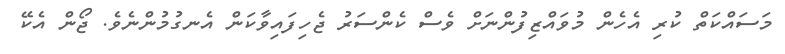
މަސައްކަތް ކުރި އެހެން މުވައްޒިފުންނަށް ވެސް ކެންސަރު ޖެހިފައިވާކަން އެނގުމުންނެވެ. ޖޯން އެކޭ